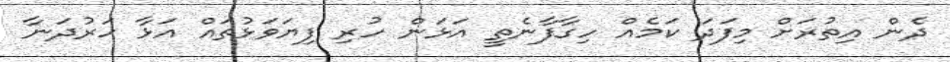
ދެން އިތުރަށް މިފަދަ ކަމެއް ހިގާފާނެތީ އަޅަން ހުރި ފިޔަވަޅުތައް އަޅާ ހަރުދަނާ